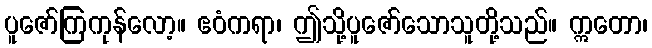
ပူဇော်ကြကုန်လော့။ ဧဝံကရာ၊ ဤသို့ပူဇော်သောသူတို့သည်။ ဣတော၊